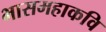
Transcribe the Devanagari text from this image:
भासमहाकवि